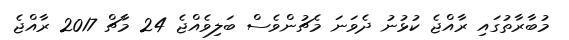
މުބާރާތުގައި ރާއްޖެ ކުޅުނު ދެވަނަ މެޗުންވެސް ބަލިވެއްޖެ 24 މާޗް 2017 ރާއްޖެ